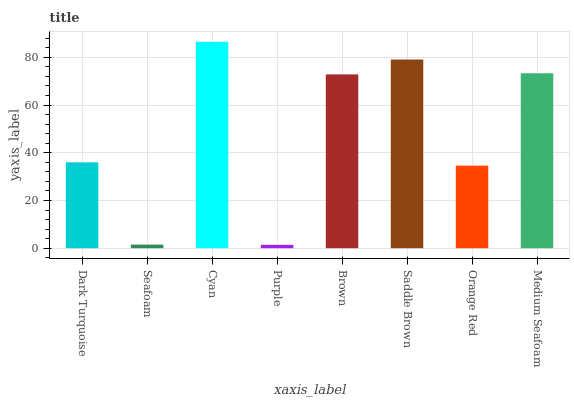
| xaxis_label | bars |
 | --- | --- |
 | Dark Turquoise | 36 |
 | Seafoam | 1.5 |
 | Cyan | 86.5 |
 | Purple | 1.41 |
 | Brown | 72.9 |
 | Saddle Brown | 79.1 |
 | Orange Red | 34.6 |
 | Medium Seafoam | 73.3 |